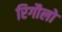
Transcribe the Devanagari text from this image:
रिगौलो